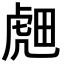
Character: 𬟭